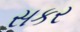
સકર